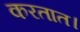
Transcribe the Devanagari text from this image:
करतात।